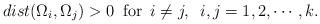
LaTeX: \begin{align*} dist( \Omega_i, \Omega_j)>0 \,\,\, \mbox{for} \,\,\, i \not= j,\,\,\, i, j=1,2,\cdots, k .\end{align*}